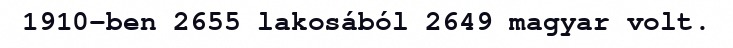
1910-ben 2655 lakosából 2649 magyar volt.